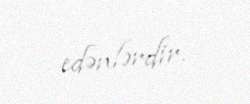
edənlərdir.